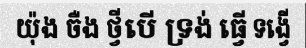
យ៉ុង ចឺង ថ្វីបើ ទ្រង់ ធ្វើ ទង្វើ